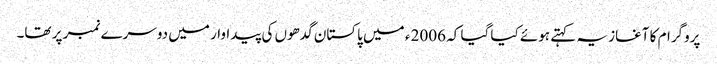
پروگرام کا آغاز یہ کہتے ہوئے کیا گیا کہ 2006 ء میں پاکستان گدھوں کی پیداوار میں دوسرے نمبر پر تھا۔